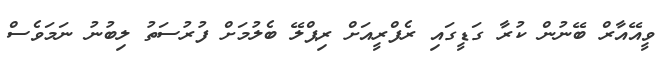
ވީއޭއާރް ބޭނުން ކުރާ ގަޑީގައި ރެފްރީއަށް ރިޕްލޭ ބެލުމަށް ފުރުސަތު ލިބުނު ނަމަވެސް